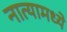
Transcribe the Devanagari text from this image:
नात्यामध्ये